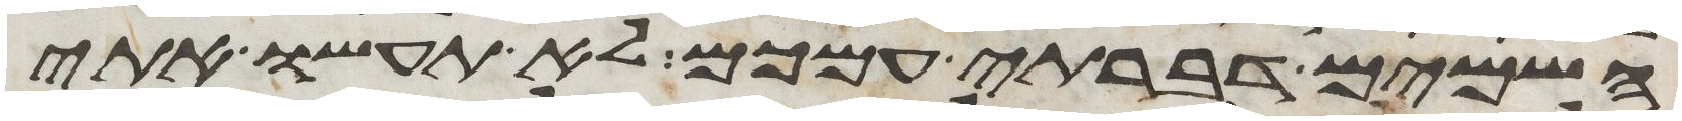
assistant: השמים דברתי עמכם לא תעשו אתי